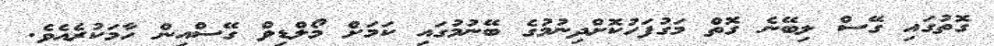
ގޮތުގައި ގޭސް ލިބޭނެ ގޮތް މަގުފަހުކޮށްދިނުމުގެ ބޭނުމުގައި ކަމަށް މޯލްޑިވް ގޭސްއިން ހާމަކުރެއެވެ.